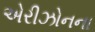
એરીઝોનના